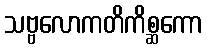
သဗ္ဗလောကတိကိစ္ဆကော